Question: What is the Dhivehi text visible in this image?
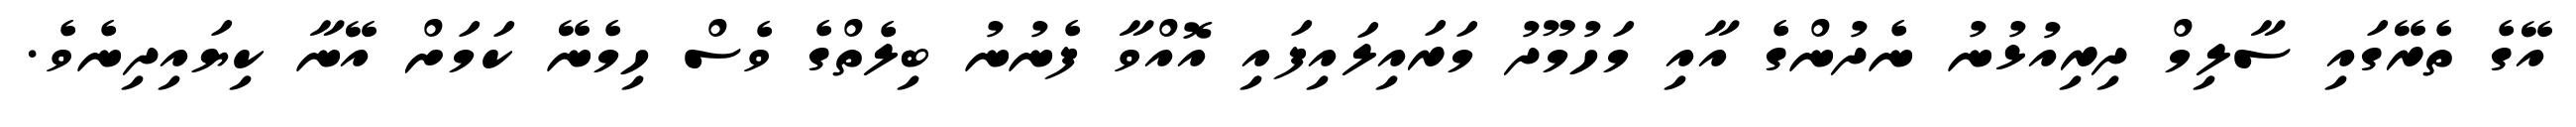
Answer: އޭގެ ތެރޭގައި ސާލިމް ދިރިއުޅުނު ނެދުންގެ އާއި މަހުމޫދު މަރައިލައިފައި އޮއްވާ ފެނުނު ބިލެތްގެ ވެސް ހިމެނޭ ކަމަށް އޭނާ ކިޔައިދިނެވެ.